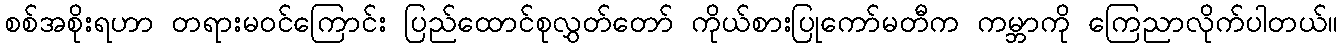
စစ်အစိုးရဟာ တရားမဝင်ကြောင်း ပြည်ထောင်စုလွှတ်တော် ကိုယ်စားပြုကော်မတီက ကမ္ဘာကို ကြေညာလိုက်ပါတယ်။